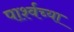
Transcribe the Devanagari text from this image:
पार्श्वच्या